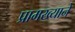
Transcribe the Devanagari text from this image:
प्रामख्याने